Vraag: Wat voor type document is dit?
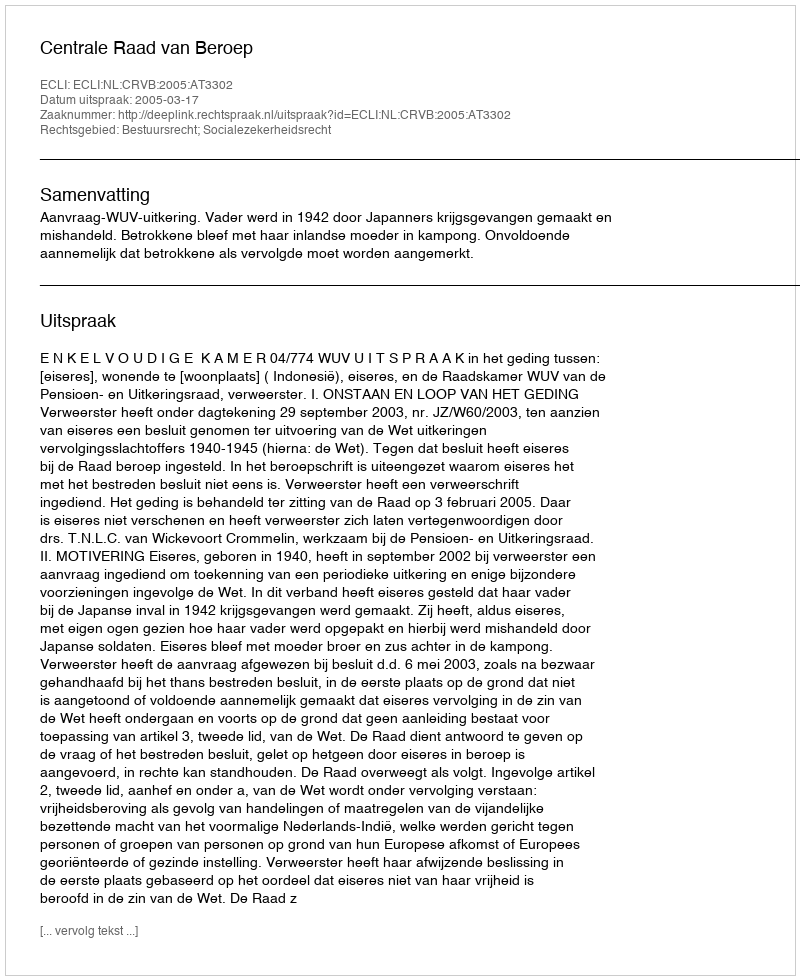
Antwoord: Uitspraak